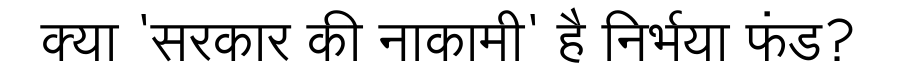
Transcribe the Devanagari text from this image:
क्या 'सरकार की नाकामी' है निर्भया फंड?